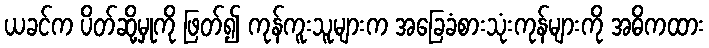
ယခင်က ပိတ်ဆို့မှုကို ဖြတ်၍ ကုန်ကူးသူများက အခြေခံစားသုံးကုန်များကို အဓိကထား